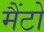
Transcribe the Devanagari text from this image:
मैंटो